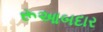
રૂઆબદાર